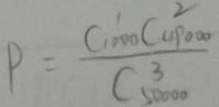
P = \frac { C _ { 1 0 0 0 } ^ { 1 } C _ { 4 9 0 0 0 } ^ { 2 } } { C _ { 5 0 0 0 0 } ^ { 3 } }